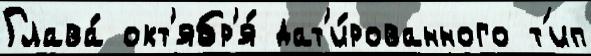
Глава́ окт'ябр'я́ дат'и́рованного т'ип